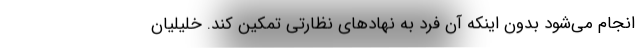
انجام می‌شود بدون اینکه آن فرد به نهادهای نظارتی تمکین کند. خلیلیان